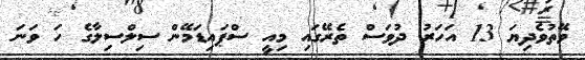
ވޭތުވެދިޔަ 13 އަހަރު ދުވަސް ތެރޭގައި މިއީ ސްޕައިޑަމޭން ސިލްސިލާގެ ހަ ވަނަ